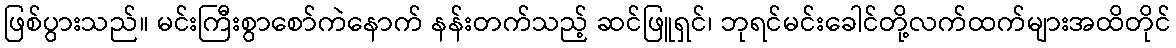
ဖြစ်ပွားသည်။ မင်းကြီးစွာစော်ကဲနောက် နန်းတက်သည့် ဆင်ဖြူရှင်၊ ဘုရင်မင်းခေါင်တို့လက်ထက်များအထိတိုင်